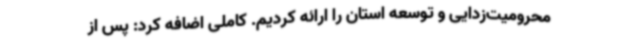
محرومیت‌زدایی و توسعه استان را ارائه کردیم. کاملی اضافه کرد: پس از